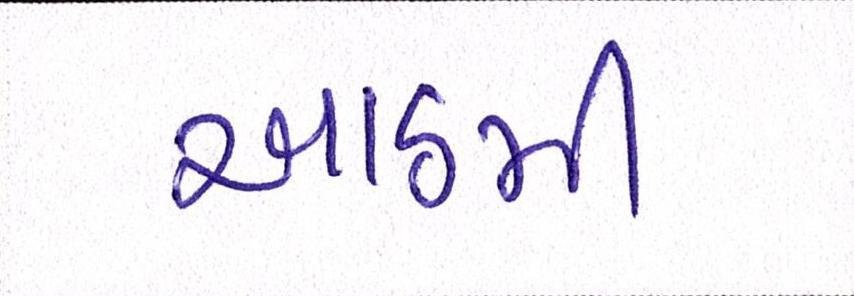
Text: આઠમી